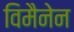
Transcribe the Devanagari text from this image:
विमैनेन